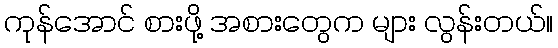
ကုန်အောင် စားဖို့ အစားတွေက များ လွန်းတယ်။